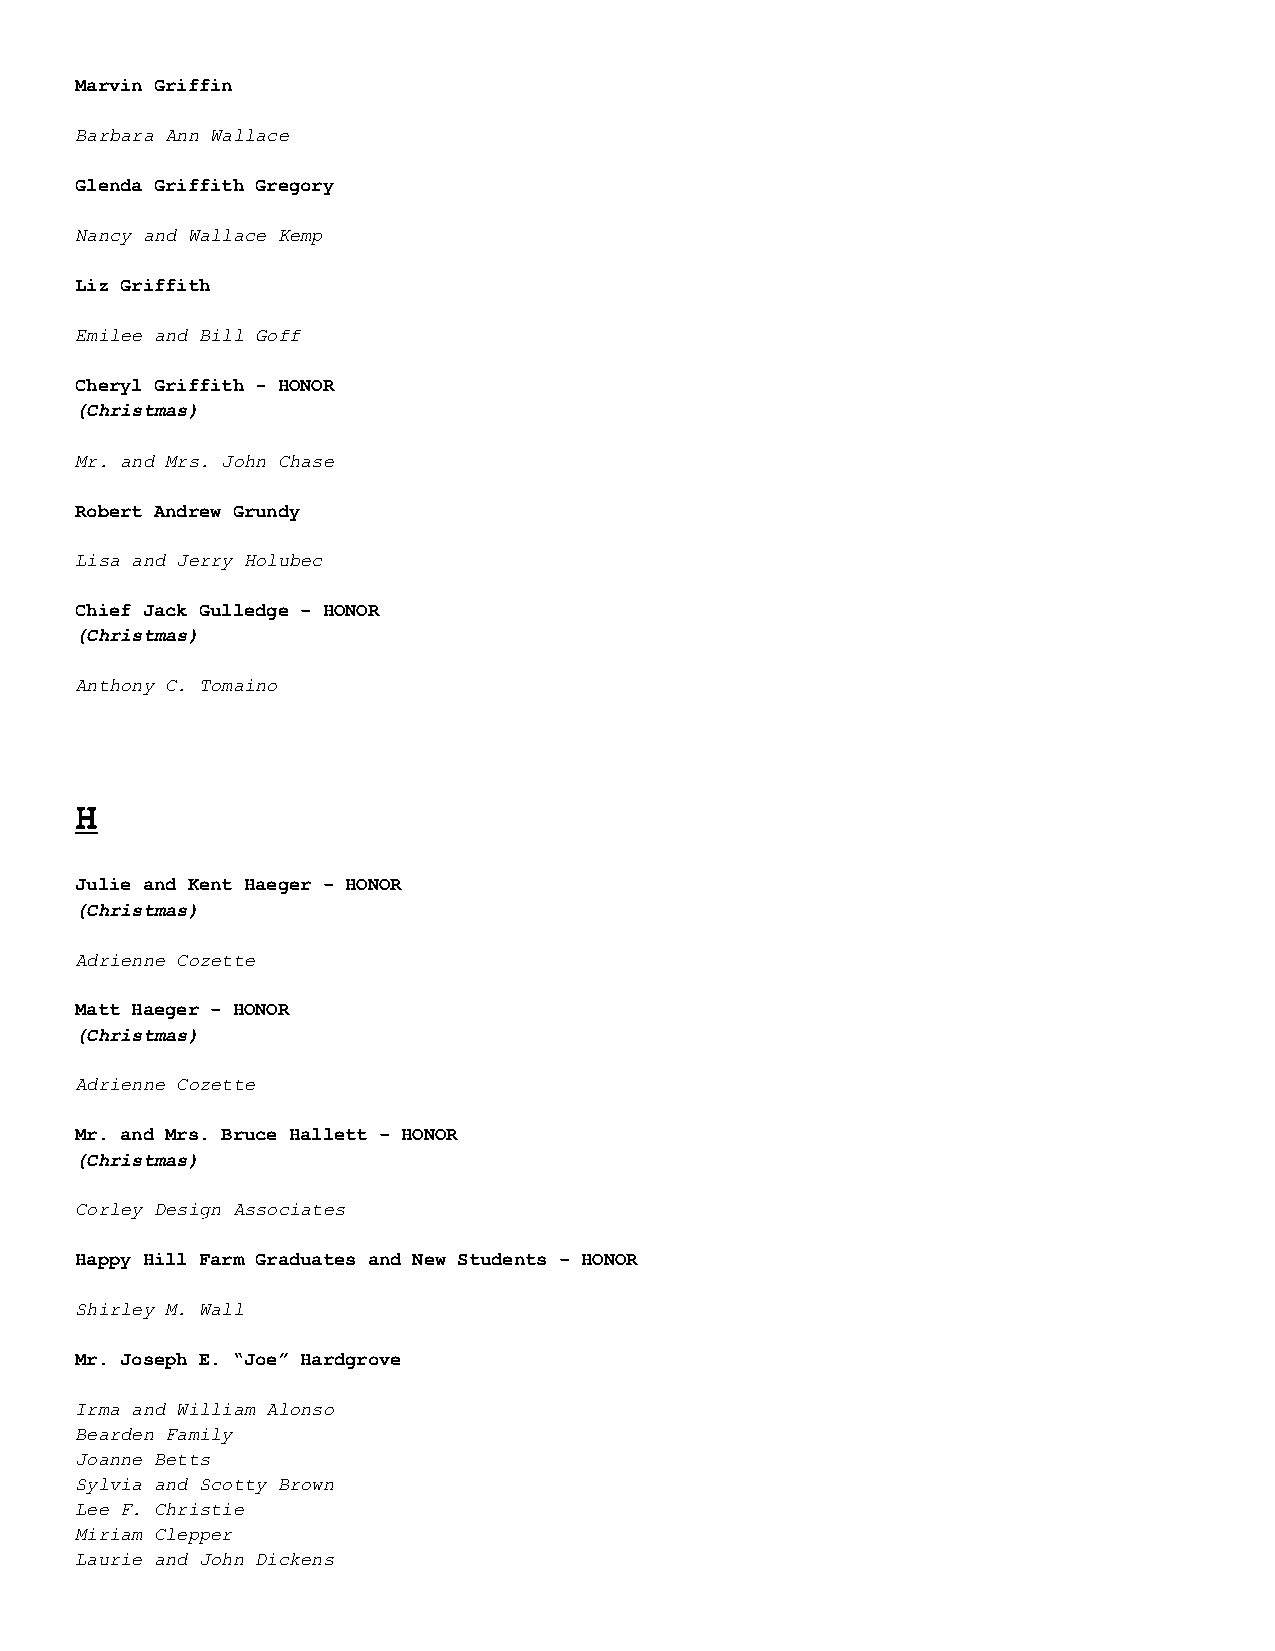
Marvin Griffin
 Barbara Ann Wallace
 Glenda Griffith Gregory
 Nancy and Wallace Kemp
 Liz Griffith
 Emilee and Bill Goff
 Cheryl Griffith - HONOR
 (Christmas)
 Mr. and Mrs. John Chase
 Robert Andrew Grundy
 Lisa and Jerry Holubec
 Chief Jack Gulledge – HONOR
 (Christmas)
 Anthony C. Tomaino
 H
 Julie and Kent Haeger – HONOR
 (Christmas)
 Adrienne Cozette
 Matt Haeger – HONOR
 (Christmas)
 Adrienne Cozette
 Mr. and Mrs. Bruce Hallett – HONOR
 (Christmas)
 Corley Design Associates
 Happy Hill Farm Graduates and New Students – HONOR
 Shirley M. Wall
 Mr. Joseph E. “Joe” Hardgrove
 Irma and William Alonso
 Bearden Family
 Joanne Betts
 Sylvia and Scotty Brown
 Lee F. Christie
 Miriam Clepper
 Laurie and John Dickens